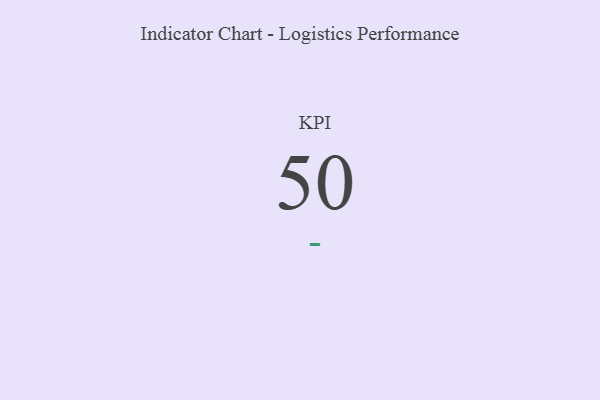
{"axis": {"x": "KPI", "y": "Value"}, "legend": [""], "data": [{"x": "KPI", "y": 50, "type": ""}]}